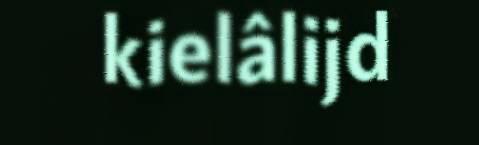
kielâlijd